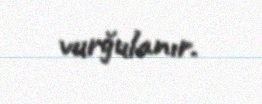
vurğulanır.